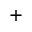
^ +